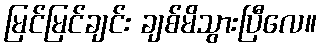
မြင်မြင်ချင်း ချစ်မိသွားပြီလေ။